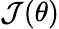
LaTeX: \mathcal{J}(\theta)